Indian Medical Review
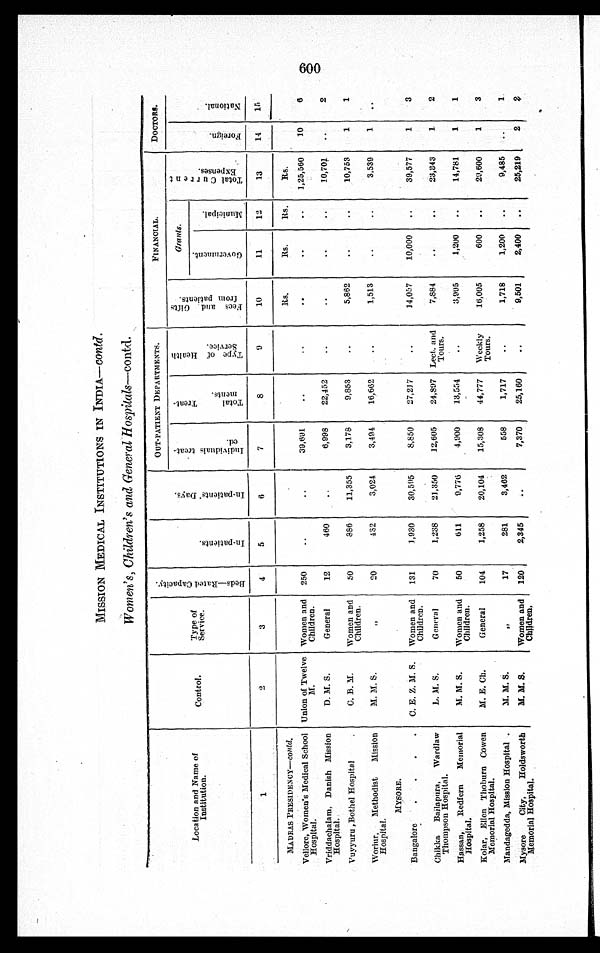
MISSION MEDICAL INSTITUTIONS IN INDIA— contd.
Women's, Children's and General Hospitals—contd.
Location and Name of
Institution.
Control.
Type of
Service.
B e d s — R a t e d C a p a c i t y .
I n - p a t i e n t s .
I n p a t i e n t s D a y s .
OUT-PATIENT DEPARTMENTS.
FINANCIAL.
DOCTORS.
I n d i v i d u a l s t r e a t -
e d .
T o t a l T r e a t -
m e n t s .
T y p e o f H e a t h
S e r v i c e .
F e e s a n d G i f t s
f r o m p a t i e n t s .
Grants.
T o t a l C u r r e n t
E x p e n s e s .
F o r e i g n .
N a t i o n a l .
G o v e r n m e n t .
M u n i c i p a l .
1
2
3
4
5
6
7
8 9
10
11
12
13
14 15
MADRAS PRESIDENCY—c o n t d .
Rs.
R s . Rs. Rs.
Vellore, Women' s Medical School
Hospital.
Union of Twelve
M.
Women and
Children. 250
39,691
1,25,560 10 6
Vriddachalam, Danish Mission
Hospital.
D. M. S.
General
12
460
6,998 22,452
10,701
2
Vuyyuru, Bothel Hospital
C. B. M. Women and
Children. 50
886 11,355
3,178
9,853
5,862
10,753 1 1
Woriur, Methodist Mission
Hospital.
M. M. S.
20
432
3,024 3,494 16,662
1,513
3,539 1
MYSORE.
Bangalore
C. E. Z. M. S. Women and
Children. 131
1,930 30,595 8,850 27,217
14,057 10,000
39,577 1 3
Chikka Bailapura, Wardlaw
Thompson Hospital.
L. M. S.
General
70
1,238 21,350 12,605 24,897 Lect. and
Tours.
7,884
23,343 1 2
Hassan, Redfern Memorial
Hospital.
M. M. S. Women and
Children. 50
611
9,776
4,900 13,554
3,995
1,200
14,781 1 1
Kolar, Ellen Thoburn Cowen
Memorial Hospital.
M. E. Ch.
General 104
1,258 20,104 15,308 44,777 Weekly Tours.
16,005
600
29,600 1 3
Mandagedda, Mission Hospital
M. M. S.
„ 17
281
3,462
558
1,717
1,718
1,200
9,485
1
Mysore City, Holdsworth
Memorial Hospital.
M. M. S. Women and
Children. 120 2,345
7,370 25,160
9,501
2,400
25,219 2 2